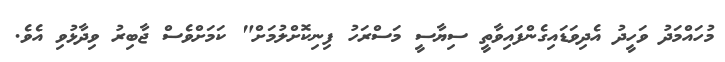
މުހައްމަދު ވަހީދު އެދިވަޑައިގެންފައިވާތީ ސިޔާސީ މަސްރަހު ފިނިކޮށްލުމަށް" ކަމަށްވެސް ޖާބިރު ވިދާޅުވި އެވެ.